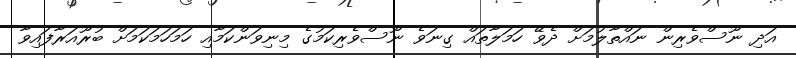
އަދި ނޫސްވެރިން ނައްތާލުމަށް ދެވޭ ހަމަލާތައް ގިނަވެ ނޫސްވެރިކަމުގެ މިނިވަންކަމާއި ހަމަހަމަކަމަށް ބުރޫއަރާފައިވާ